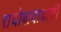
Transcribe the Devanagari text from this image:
राघोबादादाची